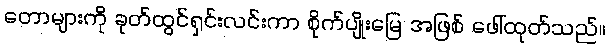
တောများကို ခုတ်ထွင်ရှင်းလင်းကာ စိုက်ပျိုးမြေ အဖြစ် ဖေါ်ထုတ်သည်။